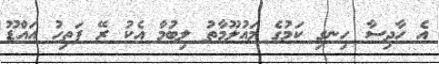
އެ ހާދިސާ ހިނގި ކަމުގެ މައުލޫމާތު ލިބުމާ އެކު ރޭ ފަތިހު އައްޑޫ